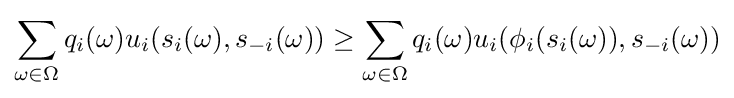
\sum _{\omega \in \Omega }q_{i}(\omega )u_{i}(s_{i}(\omega ),s_{-i}(\omega ))\geq \sum _{\omega \in \Omega }q_{i}(\omega )u_{i}(\phi _{i}(s_{i}(\omega )),s_{-i}(\omega ))